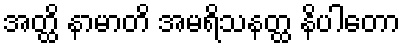
အတ္ထိ နာမာတိ အမရိသနတ္ထ နိပါတော